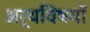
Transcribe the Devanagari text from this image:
अर्थविषयों